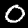
Label: 0